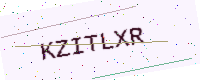
Text: KZITLXR